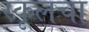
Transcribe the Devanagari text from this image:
स्कूलचा